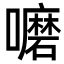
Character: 嚰